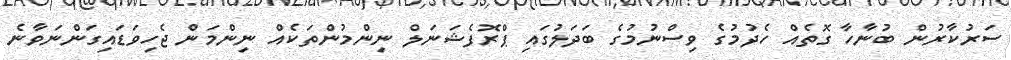
ސަރުކާރުން ބުނާހާ ގޮތެއް ހެދުމުގެ ވިސްނުމުގެ ބަދަލުގައި ޕްރޮފެޝަނަލް ނިންމުންތަކެއް ނިންމަން ޖެހިވަޑައިގަންނަވާނެ